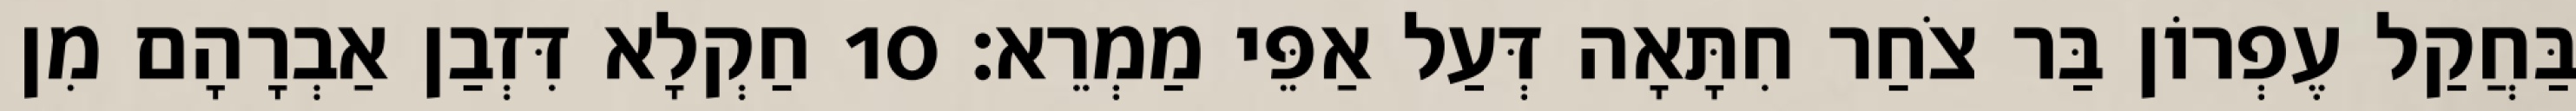
בַּחֲקַל עֶפְרוֹן בַּר צֹחַר חִתָּאָה דְּעַל אַפֵּי מַמְרֵא׃ 10 חַקְלָא דִּזְבַן אַבְרָהָם מִן